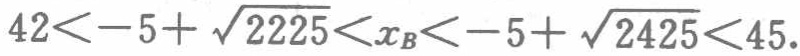
\(42<-5+\sqrt{2225}<x_B<-5+\sqrt{2425}<45\)